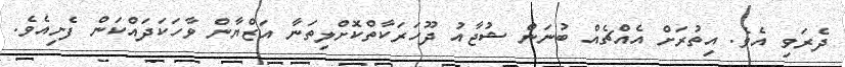
ދެރަވި އެވެ. އިތުރަށް އެއްޗެއް ބުނަން ޝުޖާއު ދޫހަރަކާތްކޮށްލިތަނާ އަޒްޔާން ވާހަކަދައްކަން ފެށިއެވެ.